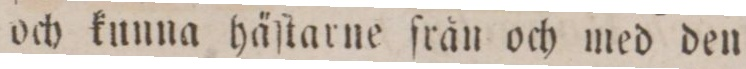
och kunna häſtarne ſrån och med den